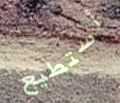
أستطيع